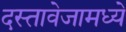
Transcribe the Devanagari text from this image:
दस्तावेजामध्ये